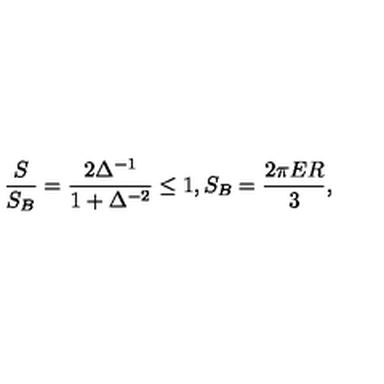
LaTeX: \frac { S } { S _ { B } } = \frac { 2 \Delta ^ { - 1 } } { 1 + \Delta ^ { - 2 } } \le 1 , S _ { B } = \frac { 2 \pi E R } { 3 } ,